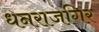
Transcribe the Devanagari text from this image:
धनराजगिर